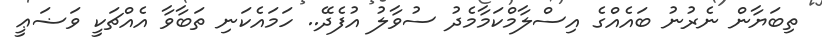
ތިބަޔާން ނެރުނު ބައެއްގެ އިސްލާމްކަމާމެދު ސުވާލު އުފެދޭ.. ހަމައެކަނި ތަބާވާ އެއްޗަކީ ވަޟަޢީ